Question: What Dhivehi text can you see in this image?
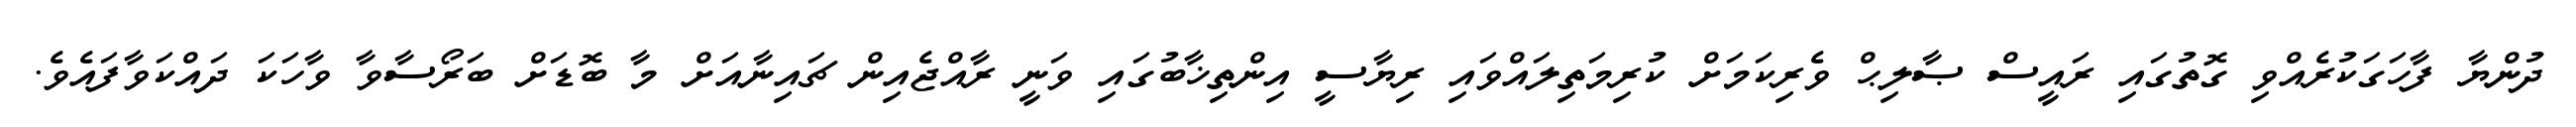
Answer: ދުންޔާ ފާހަގަކުރެއްވި ގޮތުގައި ރައީސް ޞާލިޙް ވެރިކަމަށް ކުރިމަތިލައްވައި ރިޔާސީ އިންތިޚާބުގައި ވަނީ ރާއްޖެއިން ޗައިނާއަށް މާ ބޮޑަށް ބަރޯސާވާ ވާހަކަ ދައްކަވާފައެވެ.